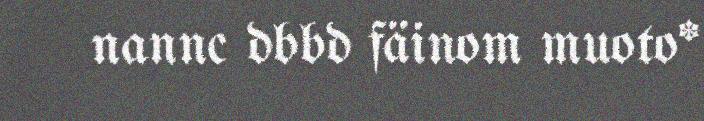
nannc dbbd fäinom muoto*